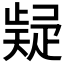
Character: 𭼃